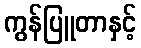
ကွန်ပြူတာနှင့်